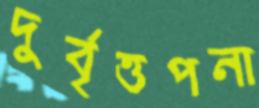
দুর্বৃত্তপনা